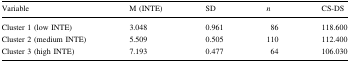
<table><thead><tr><td><b>Variable</b></td><td><b>M (INTE)</b></td><td><b>SD</b></td><td><b><i>n</i></b></td><td><b>CS-DS</b></td></tr></thead><tbody><tr><td>Cluster 1 (low INTE)</td><td>3.048</td><td>0.961</td><td>86</td><td>118.600</td></tr><tr><td>Cluster 2 (medium INTE)</td><td>5.509</td><td>0.505</td><td>110</td><td>112.400</td></tr><tr><td>Cluster 3 (high INTE)</td><td>7.193</td><td>0.477</td><td>64</td><td>106.030</td></tr></tbody></table>